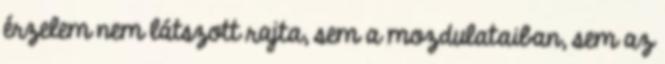
érzelem nem látszott rajta, sem a mozdulataiban, sem az